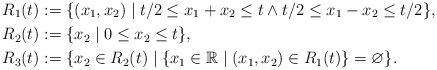
\begin{align*}R_1(t) &:= \{(x_1, x_2) \mid t/2 \le x_1 + x_2 \le t \wedge t/2 \le x_1-x_2 \le t/2 \}, \\R_2(t) &:= \{x_2 \mid 0 \le x_2 \le t\}, \\R_3(t) &:= \{x_2 \in R_2(t) \mid \{x_1 \in \mathbb{R} \mid (x_1, x_2) \in R_1(t)\} = \varnothing\}.\end{align*}